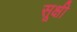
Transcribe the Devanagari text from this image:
सूक्षी